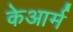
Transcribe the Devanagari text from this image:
केआर्म